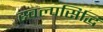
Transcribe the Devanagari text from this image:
स्वल्पसिद्धि